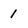
Character: 1